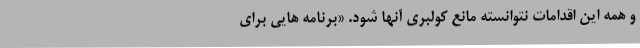
و همه این اقدامات نتوانسته مانع کولبری آنها شود. «برنامه هایی برای